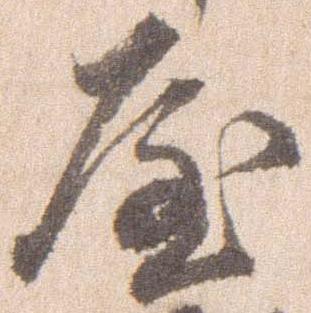
屋